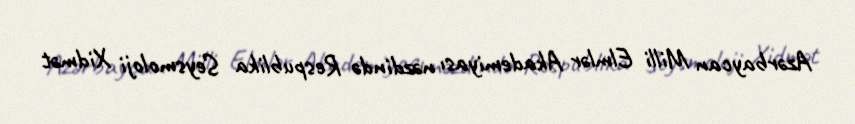
Azərbaycan Milli Elmlər Akademiyası nəzdində Respublika Seysmoloji Xidmət